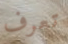
تعرف